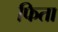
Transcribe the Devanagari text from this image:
फिता